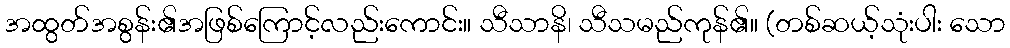
အထွတ်အစွန်း၏အဖြစ်ကြောင့်လည်းကောင်း။ သီသာနိ၊ သီသမည်ကုန်၏။ (တစ်ဆယ့်သုံးပါး သော